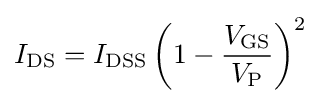
I_{\text{DS}}=I_{\text{DSS}}\left(1-{\frac {V_{\text{GS}}}{V_{\text{P}}}}\right)^{2}